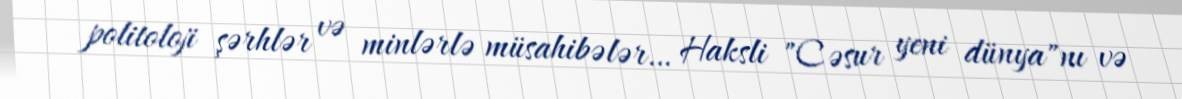
politoloji şərhlər və minlərlə müsahibələr… Haksli "Cəsur yeni dünya"nı və